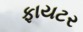
ફાયટર